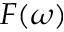
F ( \omega )